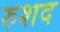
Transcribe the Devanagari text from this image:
रुशद